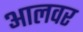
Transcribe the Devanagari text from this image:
आलवर